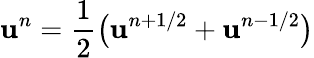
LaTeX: \mathbf{u}^{n}=\frac 12\bigl(\mathbf{u}^{n+1/2}+\mathbf{u}^{n-1/2}\bigr)